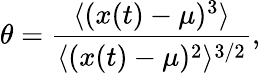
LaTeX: \theta=\frac{\langle(x(t)-\mu)^{3}\rangle}{\langle(x(t)-\mu)^{2}\rangle^{3/2}},